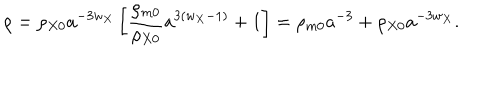
\rho = \rho _ { X 0 } a ^ { - 3 w _ { X } } \left[ \frac { \rho _ { m 0 } } { \rho _ { X 0 } } a ^ { 3 ( w _ { X } - 1 ) } + 1 \right] = \rho _ { m 0 } a ^ { - 3 } + \rho _ { X 0 } a ^ { - 3 w _ { X } } .